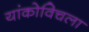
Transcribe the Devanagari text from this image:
यांकोविचला